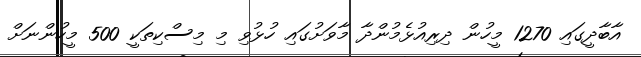
އާބާދީގައި 1270 މީހުން ދިރިއުޅެމުންދާ މާވަށުގައި ހުޅުވި މި މިސްކިތަކީ 500 މީހުންނަށް